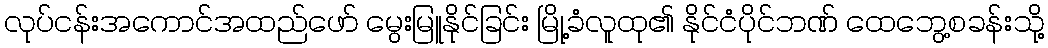
လုပ်ငန်းအကောင်အထည်ဖော် မွေးမြူနိုင်ခြင်း မြို့ခံလူထု၏ နိုင်ငံပိုင်ဘဏ် ထေဘွေ့စခန်းသို့